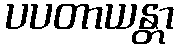
ပပတာယန္တာ